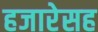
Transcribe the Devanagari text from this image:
हजारेसह